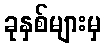
ခုနှစ်များမှ